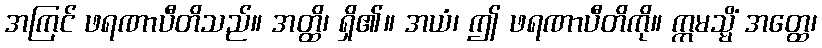
အကြင် ဖရဏာပီတိသည်။ အတ္ထိ၊ ရှိ၏။ အယံ၊ ဤ ဖရဏာပီတိကို။ ဣမသ္မိံ အတ္ထေ၊